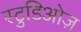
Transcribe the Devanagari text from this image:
स्टुडिओज़